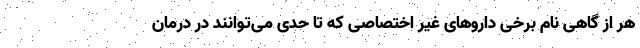
هر از گاهی نام برخی داروهای غیر اختصاصی که تا حدی می‌توانند در درمان